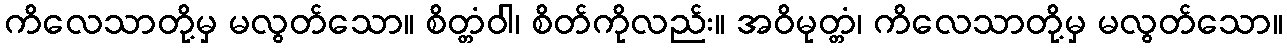
ကိလေသာတို့မှ မလွတ်သော။ စိတ္တံဝါ၊ စိတ်ကိုလည်း။ အဝိမုတ္တံ၊ ကိလေသာတို့မှ မလွတ်သော။